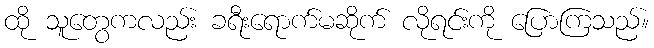
ထို သူတွေကလည်း ခရီးရောက်မဆိုက် လိုရင်းကို ပြောကြသည်။